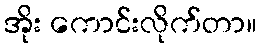
အိုး ကောင်းလိုက်တာ။